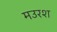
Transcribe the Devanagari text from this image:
मउरश